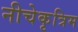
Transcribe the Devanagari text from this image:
नीचेकृत्रिम